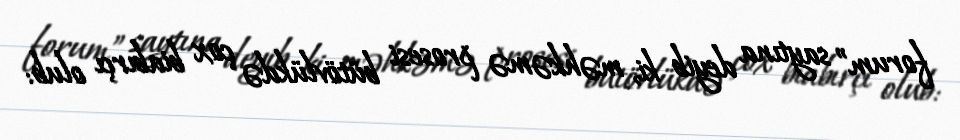
forum” saytına deyib ki, məhkəmə prosesi bütövlükdə çox biabırçı olub: